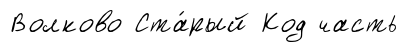
Волково Ста́рый Код часть